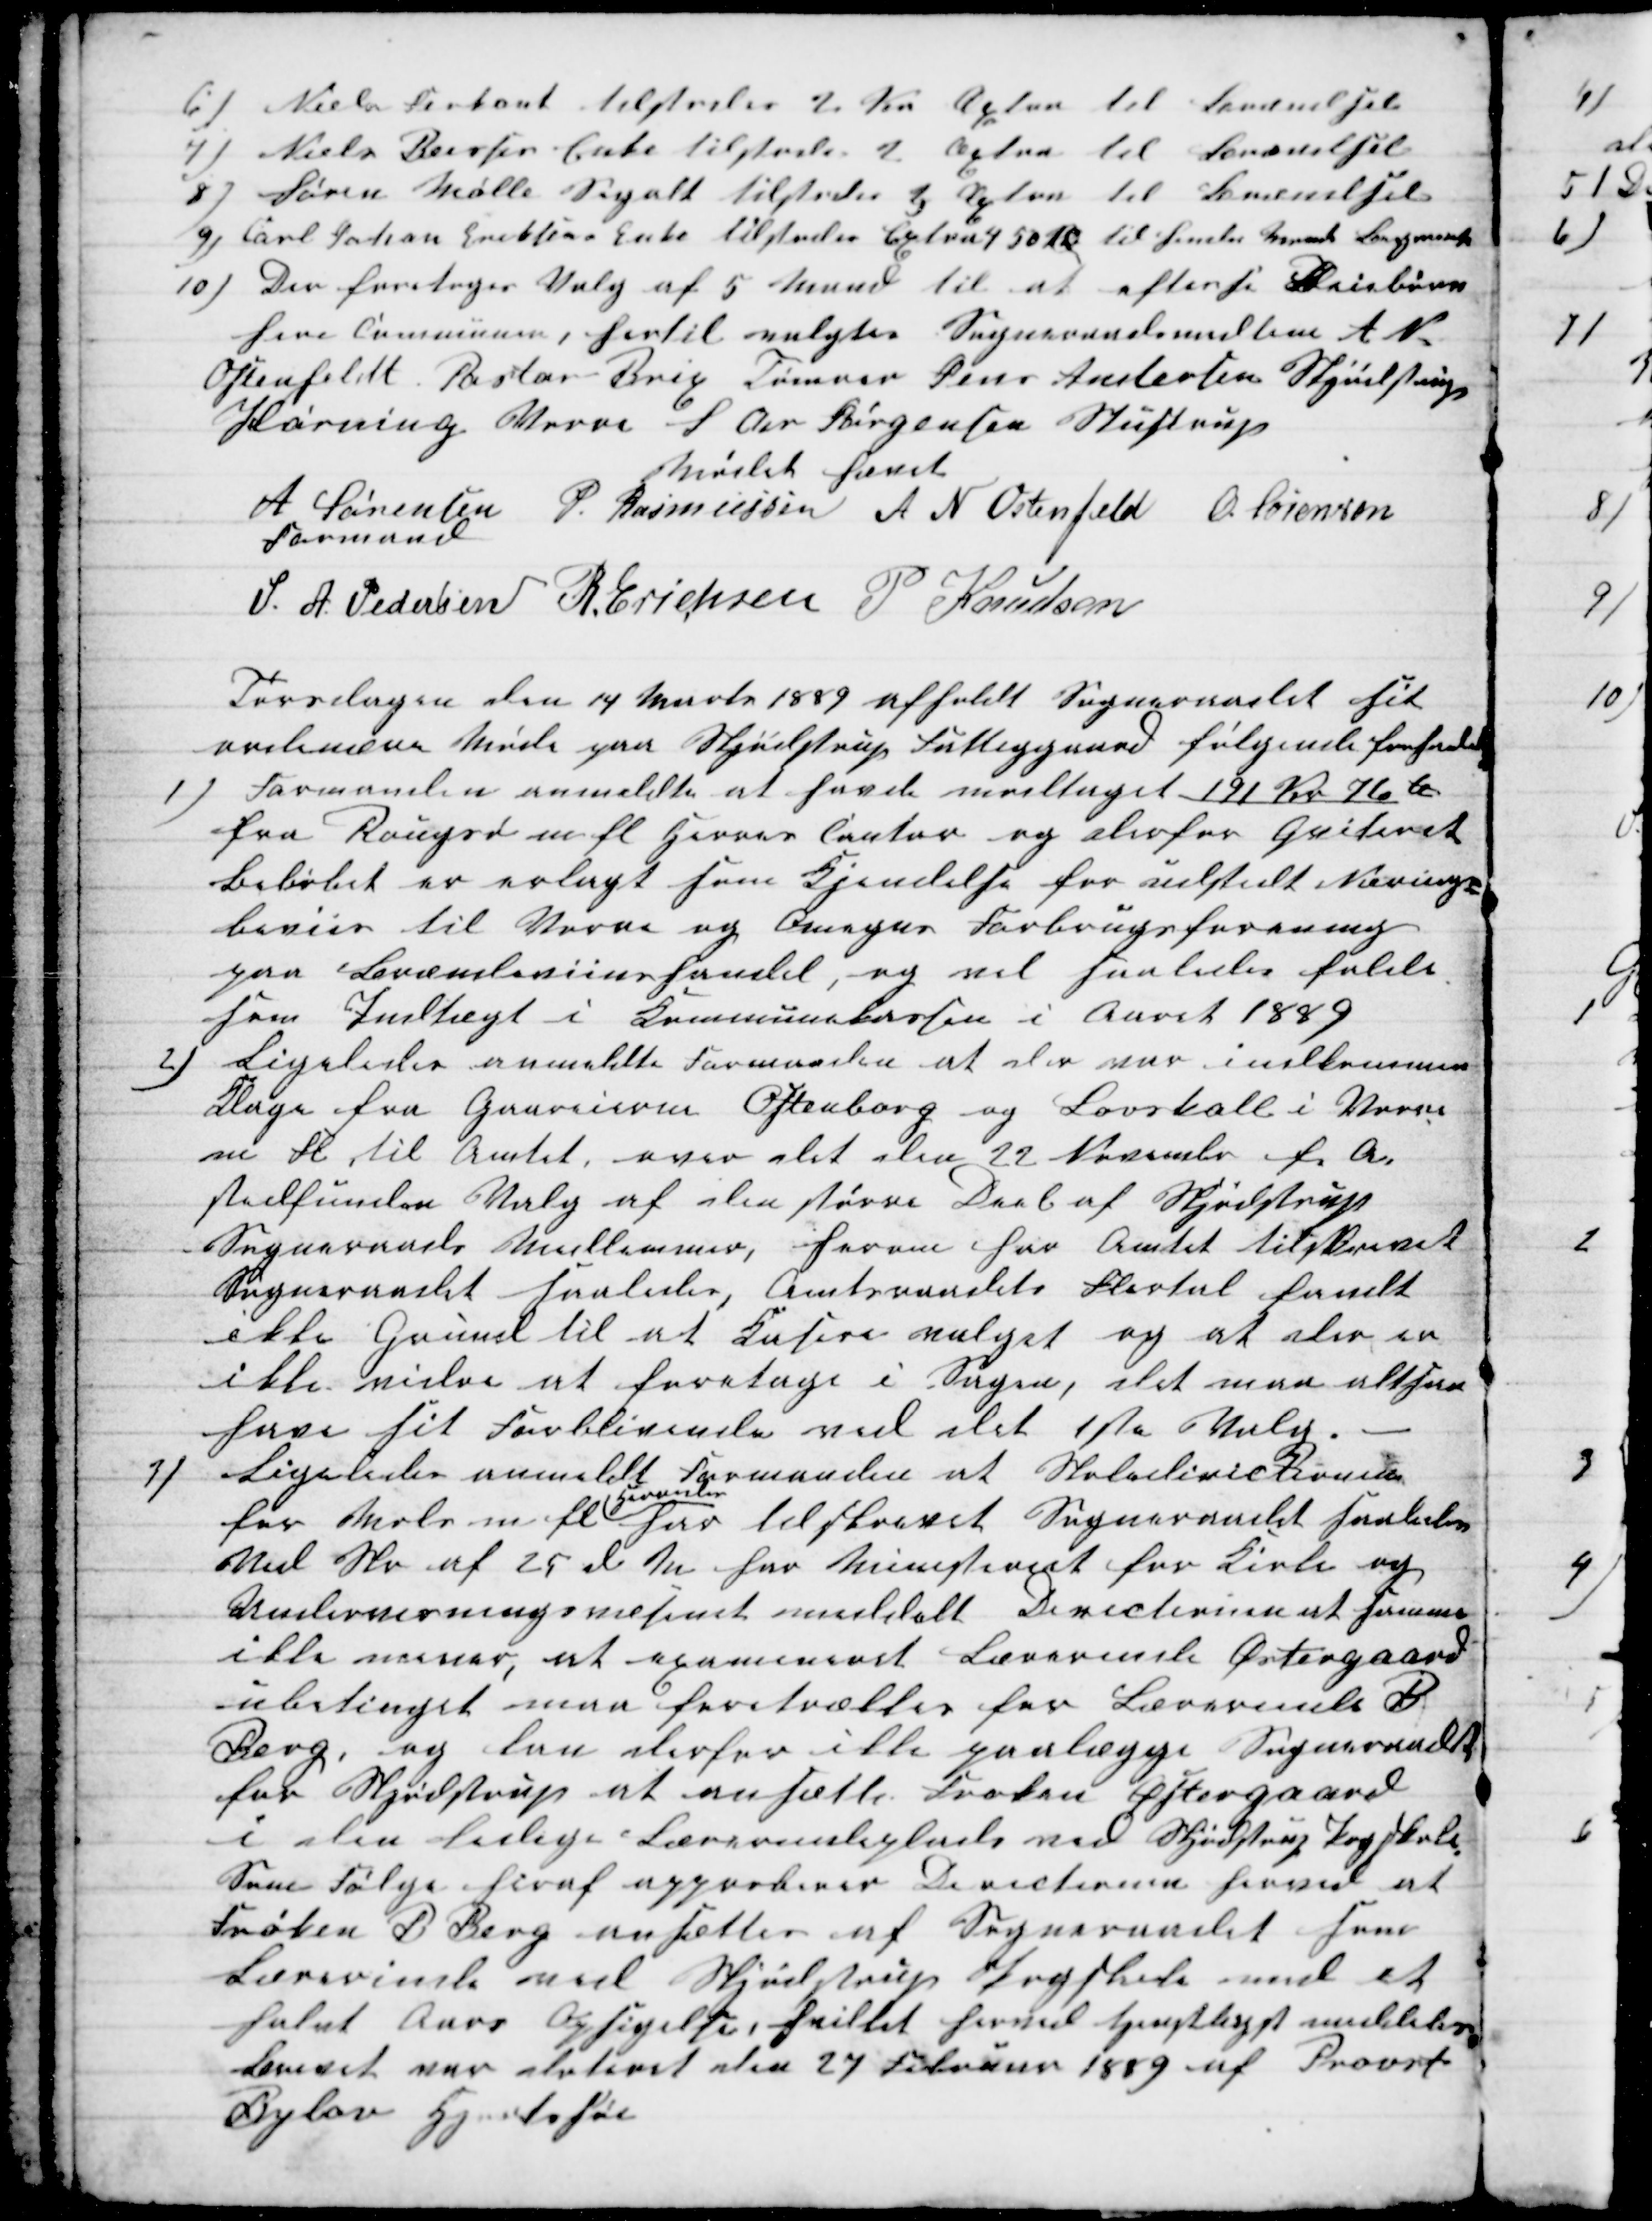
Transskription:
6) Niels Firkant tilstodes 2 Kr Æxtra til Brændsel
7) Niels Beises Enke tilstodes 2 Æxtra til Brændsel
8) Søren Mølle Segalt tilstodes 3 Æxtra til Brændsel
9) Carl Johan Eriksens Enke tilstodes Extra 4 50 Ø til hendes Mands Begravelse
10) Der foretoges Valg af 5 Mand til at efterse Pleiebørn
heri Communen, hertil valgtes Sogneraadsmedlem A N.
Ostenfeldt Pastor Brix Tømrer Jens Andersen Skjødstrup
Hørning Vorre S Chr Jørgensen Stustrup
Mødet hævet
A Sørensen 
Formand 
P. Rasmussen A N Ostenfeld O. Sørensen
S. A. Pedersen R. Erichsen P Knudsen
Torsdagen den 14 Marts 1889 afholdt Sogneraadet sit
ordinære Møde paa Skjødstrup Fattiggaard følgende forhanledes
1) Formanden anmeldte at havde modtaget 191 Kr 76 Ø
fra Rougsø m.fl. Herres Contor og derfor Quiteret
Beløbet er erlagt som Kjendelse for udstedt Nærings-
beviis til Vorre og Omegns Forbrugsforening
paa Brændevinshandel, og vil saaledes falde
som Indtægt i Communekassen i Aaret 1889
2) Ligeledes anmeldte Formanden at der var indkommen
Klage fra Gaareierne Ostenborg og Løvskall i Vorre
m fl til Amtet, over det den 22 November f. A
stedfunden Valg af den større Deel af Skjødstrup
Sogneraads Medlemmer, herom har Amtet tilskrevet
Sogneraadet saaledes, Amtsraadets Flertal fandt
ikke Grund til at Kasere valget og at der er
ikke vidre at foretage i Sagen, det maa altsaa
have sit Forblivende ved det 1ste Valg.
3)
Ligeledes anmeldt Formanden at Skoledirectionen
for Mols m. fl. 
Herreder
har tilskrevet Sogneraadet saaledes
Med Skr af 25 d M for Ministeriet for Kirke og
Undervisningsvæsenet meddelt Directionen at samme
ikke mener, at examineret Lærerinde Østergaard
ubetinget maa foretrækkes for Lærerinde B
Berg, og kan derfor ikke paalægge Sogneraadet
for Skjødstrup at ansætte Frøken Østergaard
i den ledige Lærerindeplads ved Skjødstrup Pogskole
Som Følge heraf approberer Directionen herved at
Frøken B Berg ansættes af Sogneraadet som
Lærerinde ved Skjødstrup Pogskole med et
halvt Aars Opsigelse, hvilket herved tjenstligst meddeles
Brevet var dateret den 27 Februar 1889 af Provst
Bylov Hjortshøi